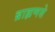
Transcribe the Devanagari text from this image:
ब्राह्मणसे